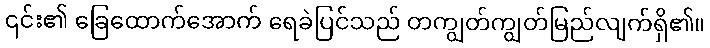
၎င်း၏ ခြေထောက်အောက် ရေခဲပြင်သည် တကျွတ်ကျွတ်မြည်လျက်ရှိ၏။